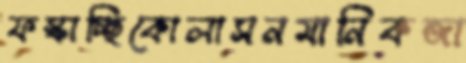
ফস্‌কাচ্ছিকোলাসনমানিকজা